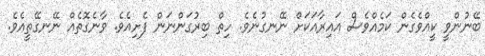
ބޭނުންވީ ކީއްވެގެން ކަމެއްވެސް އައިރާއަކަށް ނޭނގުނެވެ. ހިތް ބިރުގަންނަން ފެށިއެވެ. ވާނެގޮތެއް ނޭނގޭތީއެވެ.